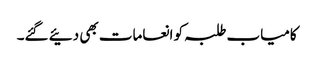
کامیاب طلبہ کو انعامات بھی دئیے گئے۔